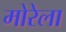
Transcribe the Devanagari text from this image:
मोरेला